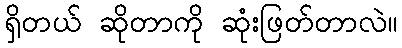
ရှိတယ် ဆိုတာကို ဆုံးဖြတ်တာလဲ။